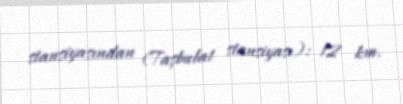
stansiyasından (Taşbulat stansiyası): 12 km.